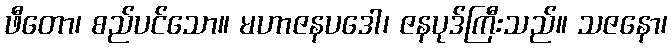
ဖီတော၊ စည်ပင်သော။ မဟာဇနပဒေါ၊ ဇနပုဒ်ကြီးသည်။ သဇနော၊